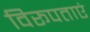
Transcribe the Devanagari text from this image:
विरूपताएं